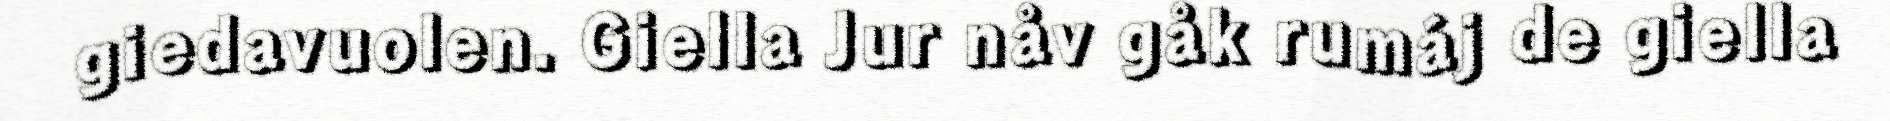
giedavuolen. Giella Jur nåv gåk rumáj de giella